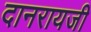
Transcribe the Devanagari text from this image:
दानरायजी